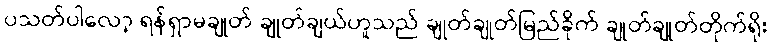
ပသတ်ပါလော့ ရန်ရှာမချုတ် ချုတ်ချယ်ဟူသည် ချုတ်ချုတ်မြည်ခိုက် ချုတ်ချုတ်တိုက်ရိုး